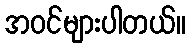
အဝင်များပါတယ်။